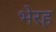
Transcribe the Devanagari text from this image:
भेरह